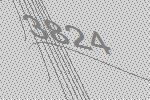
3824